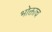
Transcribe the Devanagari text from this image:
भोक्ताच